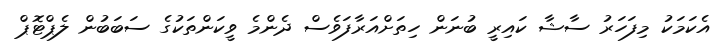
އެކަމަކު މިފަހަރު ސާޝާ ކައިރީ ބުނަން ހިތަށްއަރާފަވެސް ދެންމެ ވީކަންތަކުގެ ސަބަބުން ލެޕްޓޮޕް